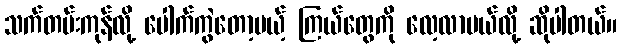
သက်တမ်းကုန်လို့ ပေါက်ကွဲတော့မယ့် ကြယ်တွေကို လေ့လာမယ်လို့ ဆိုပါတယ်။